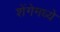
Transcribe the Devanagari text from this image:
शेंगेमध्ये